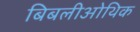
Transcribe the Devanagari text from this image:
बिबलीओथिक